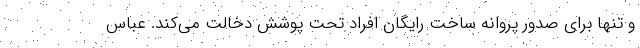
و تنها برای صدور پروانه ساخت رایگان افراد تحت پوشش دخالت می‌کند. عباس